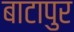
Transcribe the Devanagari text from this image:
बाटापुर